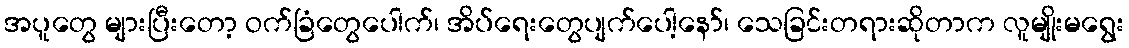
အပူတွေ များပြီးတော့ ဝက်ခြံတွေပေါက်၊ အိပ်ရေးတွေပျက်ပေါ့နော်၊ သေခြင်းတရားဆိုတာက လူမျိုးမရွေး